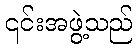
၎င်းအဖွဲ့သည်